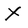
Character: X